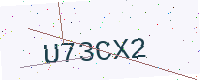
Text: U73CX2